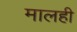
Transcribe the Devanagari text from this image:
मालही